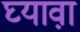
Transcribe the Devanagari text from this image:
घ्यावा़